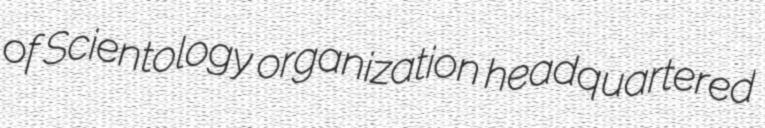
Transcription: of Scientology organization headquartered